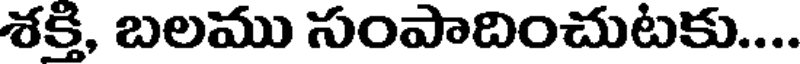
శక్తి, బలము సంపాదించుటకు....